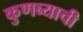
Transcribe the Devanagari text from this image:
कुणब्याची